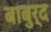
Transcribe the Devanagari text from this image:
बाबुर्द